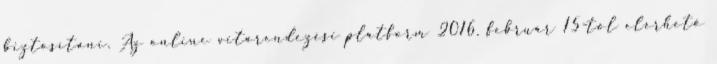
biztosítani. Az online vitarendezési platform 2016. február 15-től elérhető